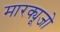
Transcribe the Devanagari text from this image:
मारक्यूजो